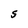
Character: S